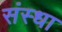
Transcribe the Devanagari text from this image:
संस्धा